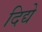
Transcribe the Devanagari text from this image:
दिद्ये